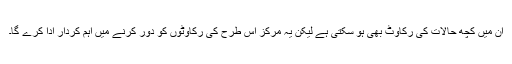
ان میں کچھ حالات کی رکاوٹ بھی ہو سکتی ہے لیکن یہ مرکز اس طرح کی رکاوٹوں کو دور کرنے میں اہم کردار ادا کرے گا۔